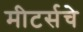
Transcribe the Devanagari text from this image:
मीटर्सचे